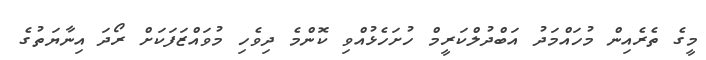
މީގެ ތެރެއިން މުހައްމަދު އަބްދުލްކަރީމް ހުށަހެޅުއްވި ކޮންމެ ދިވެހި މުވައްޒަފަކަށް ރޯދަ އިނާޔަތުގެ